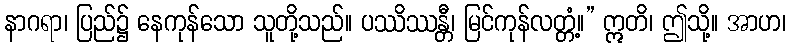
နာဂရာ၊ ပြည်၌ နေကုန်သော သူတို့သည်။ ပဿိဿန္တီ၊ မြင်ကုန်လတ္တံ့။” ဣတိ၊ ဤသို့။ အာဟ၊